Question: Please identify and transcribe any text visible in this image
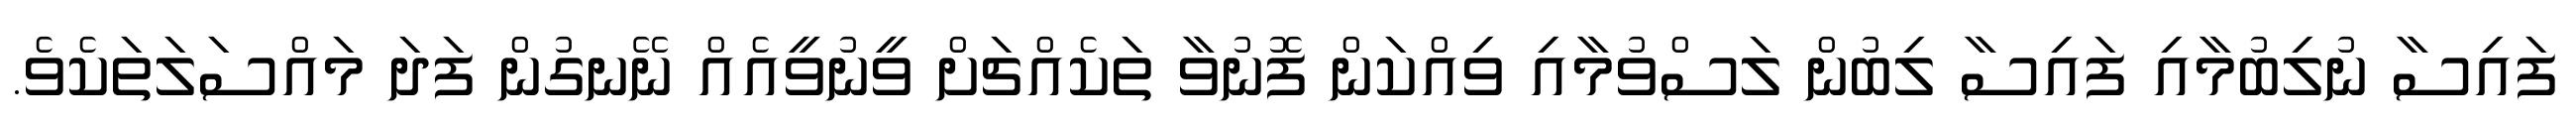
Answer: ފައިސާ ނުލިބުމާއި ފައިސާ ލިބުން ލަސްވުމާއި ވިއްކަން ފޮނުވާ ތަކެއްޗަށް ވީނުވީއެއް ނޭނގުން ފަދަ މައްސަލަތަކެވެ.